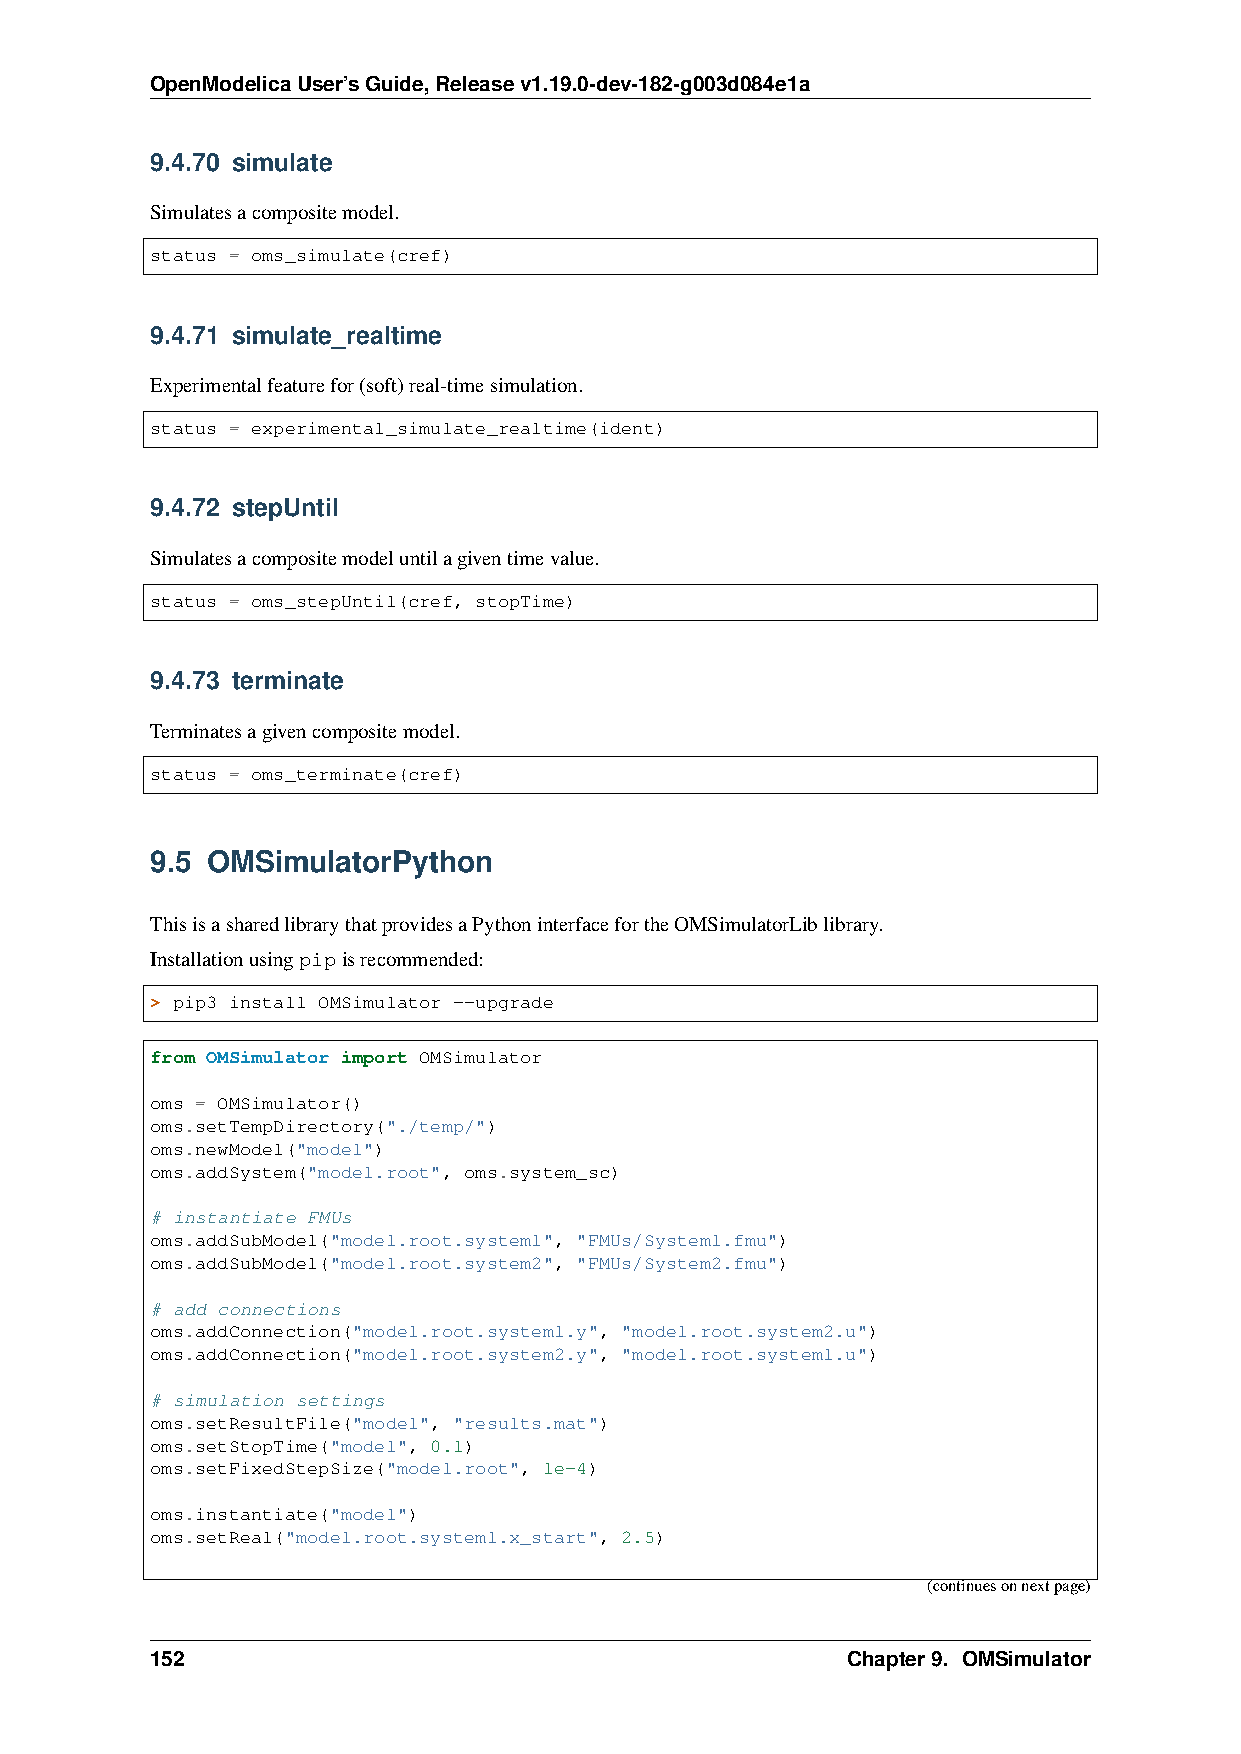
OpenModelicaUser’sGuide,Releasev1.19.0-dev-182-g003d084e1a
 9.4.70 simulate
 Simulatesacompositemodel.
 status = oms_simulate(cref)
 9.4.71 simulate_realtime
 Experimentalfeaturefor(soft)real-timesimulation.
 status = experimental_simulate_realtime(ident)
 9.4.72 stepUntil
 Simulatesacompositemodeluntilagiventimevalue.
 status = oms_stepUntil(cref, stopTime)
 9.4.73 terminate
 Terminatesagivencompositemodel.
 status = oms_terminate(cref)
 9.5 OMSimulatorPython
 ThisisasharedlibrarythatprovidesaPythoninterfacefortheOMSimulatorLiblibrary.
 Installationusingpipisrecommended:
 > pip3 install OMSimulator --upgrade
 from OMSimulator import OMSimulator
 oms = OMSimulator()
 oms.setTempDirectory("./temp/")
 oms.newModel("model")
 oms.addSystem("model.root", oms.system_sc)
 # instantiate FMUs
 oms.addSubModel("model.root.system1", "FMUs/System1.fmu")
 oms.addSubModel("model.root.system2", "FMUs/System2.fmu")
 # add connections
 oms.addConnection("model.root.system1.y", "model.root.system2.u")
 oms.addConnection("model.root.system2.y", "model.root.system1.u")
 # simulation settings
 oms.setResultFile("model", "results.mat")
 oms.setStopTime("model", 0.1)
 oms.setFixedStepSize("model.root", 1e-4)
 oms.instantiate("model")
 oms.setReal("model.root.system1.x_start", 2.5)
 (continuesonnextpage)
 152                                           Chapter9. OMSimulator